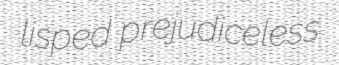
lisped prejudiceless